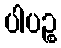
ပါပဉ္စ